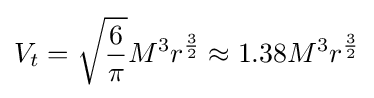
V_{t}={\sqrt {\frac {6}{\pi }}}M^{3}r^{\frac {3}{2}}\approx 1.38M^{3}r^{\frac {3}{2}}